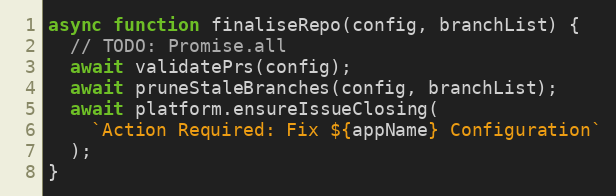
Language: JavaScript
async function finaliseRepo(config, branchList) {
  // TODO: Promise.all
  await validatePrs(config);
  await pruneStaleBranches(config, branchList);
  await platform.ensureIssueClosing(
    `Action Required: Fix ${appName} Configuration`
  );
}